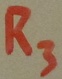
Text: R3